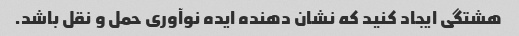
هشتگی ایجاد کنید که نشان دهنده ایده نوآوری حمل و نقل باشد.